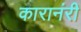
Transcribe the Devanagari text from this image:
कारानंरी